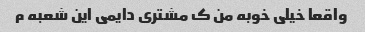
واقعا خیلی خوبه من ک مشتری دایمی این شعبه م